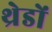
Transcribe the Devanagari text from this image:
थ्रेडों